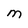
Character: m